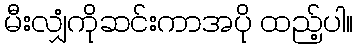
မီးလျှံကိုဆင်းကာအပို ထည့်ပါ။